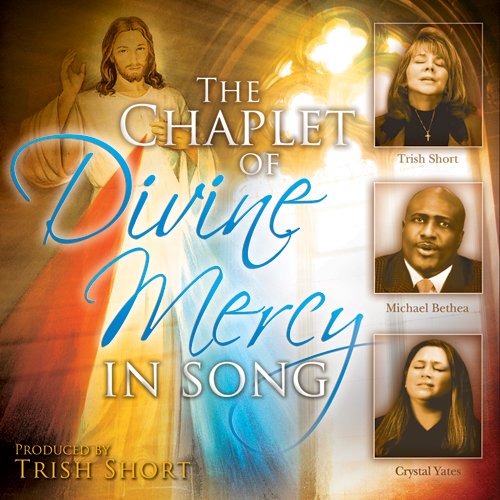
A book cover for The Chaplet of Divine Mercy In Song; Trish Short; Religion & Spirituality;